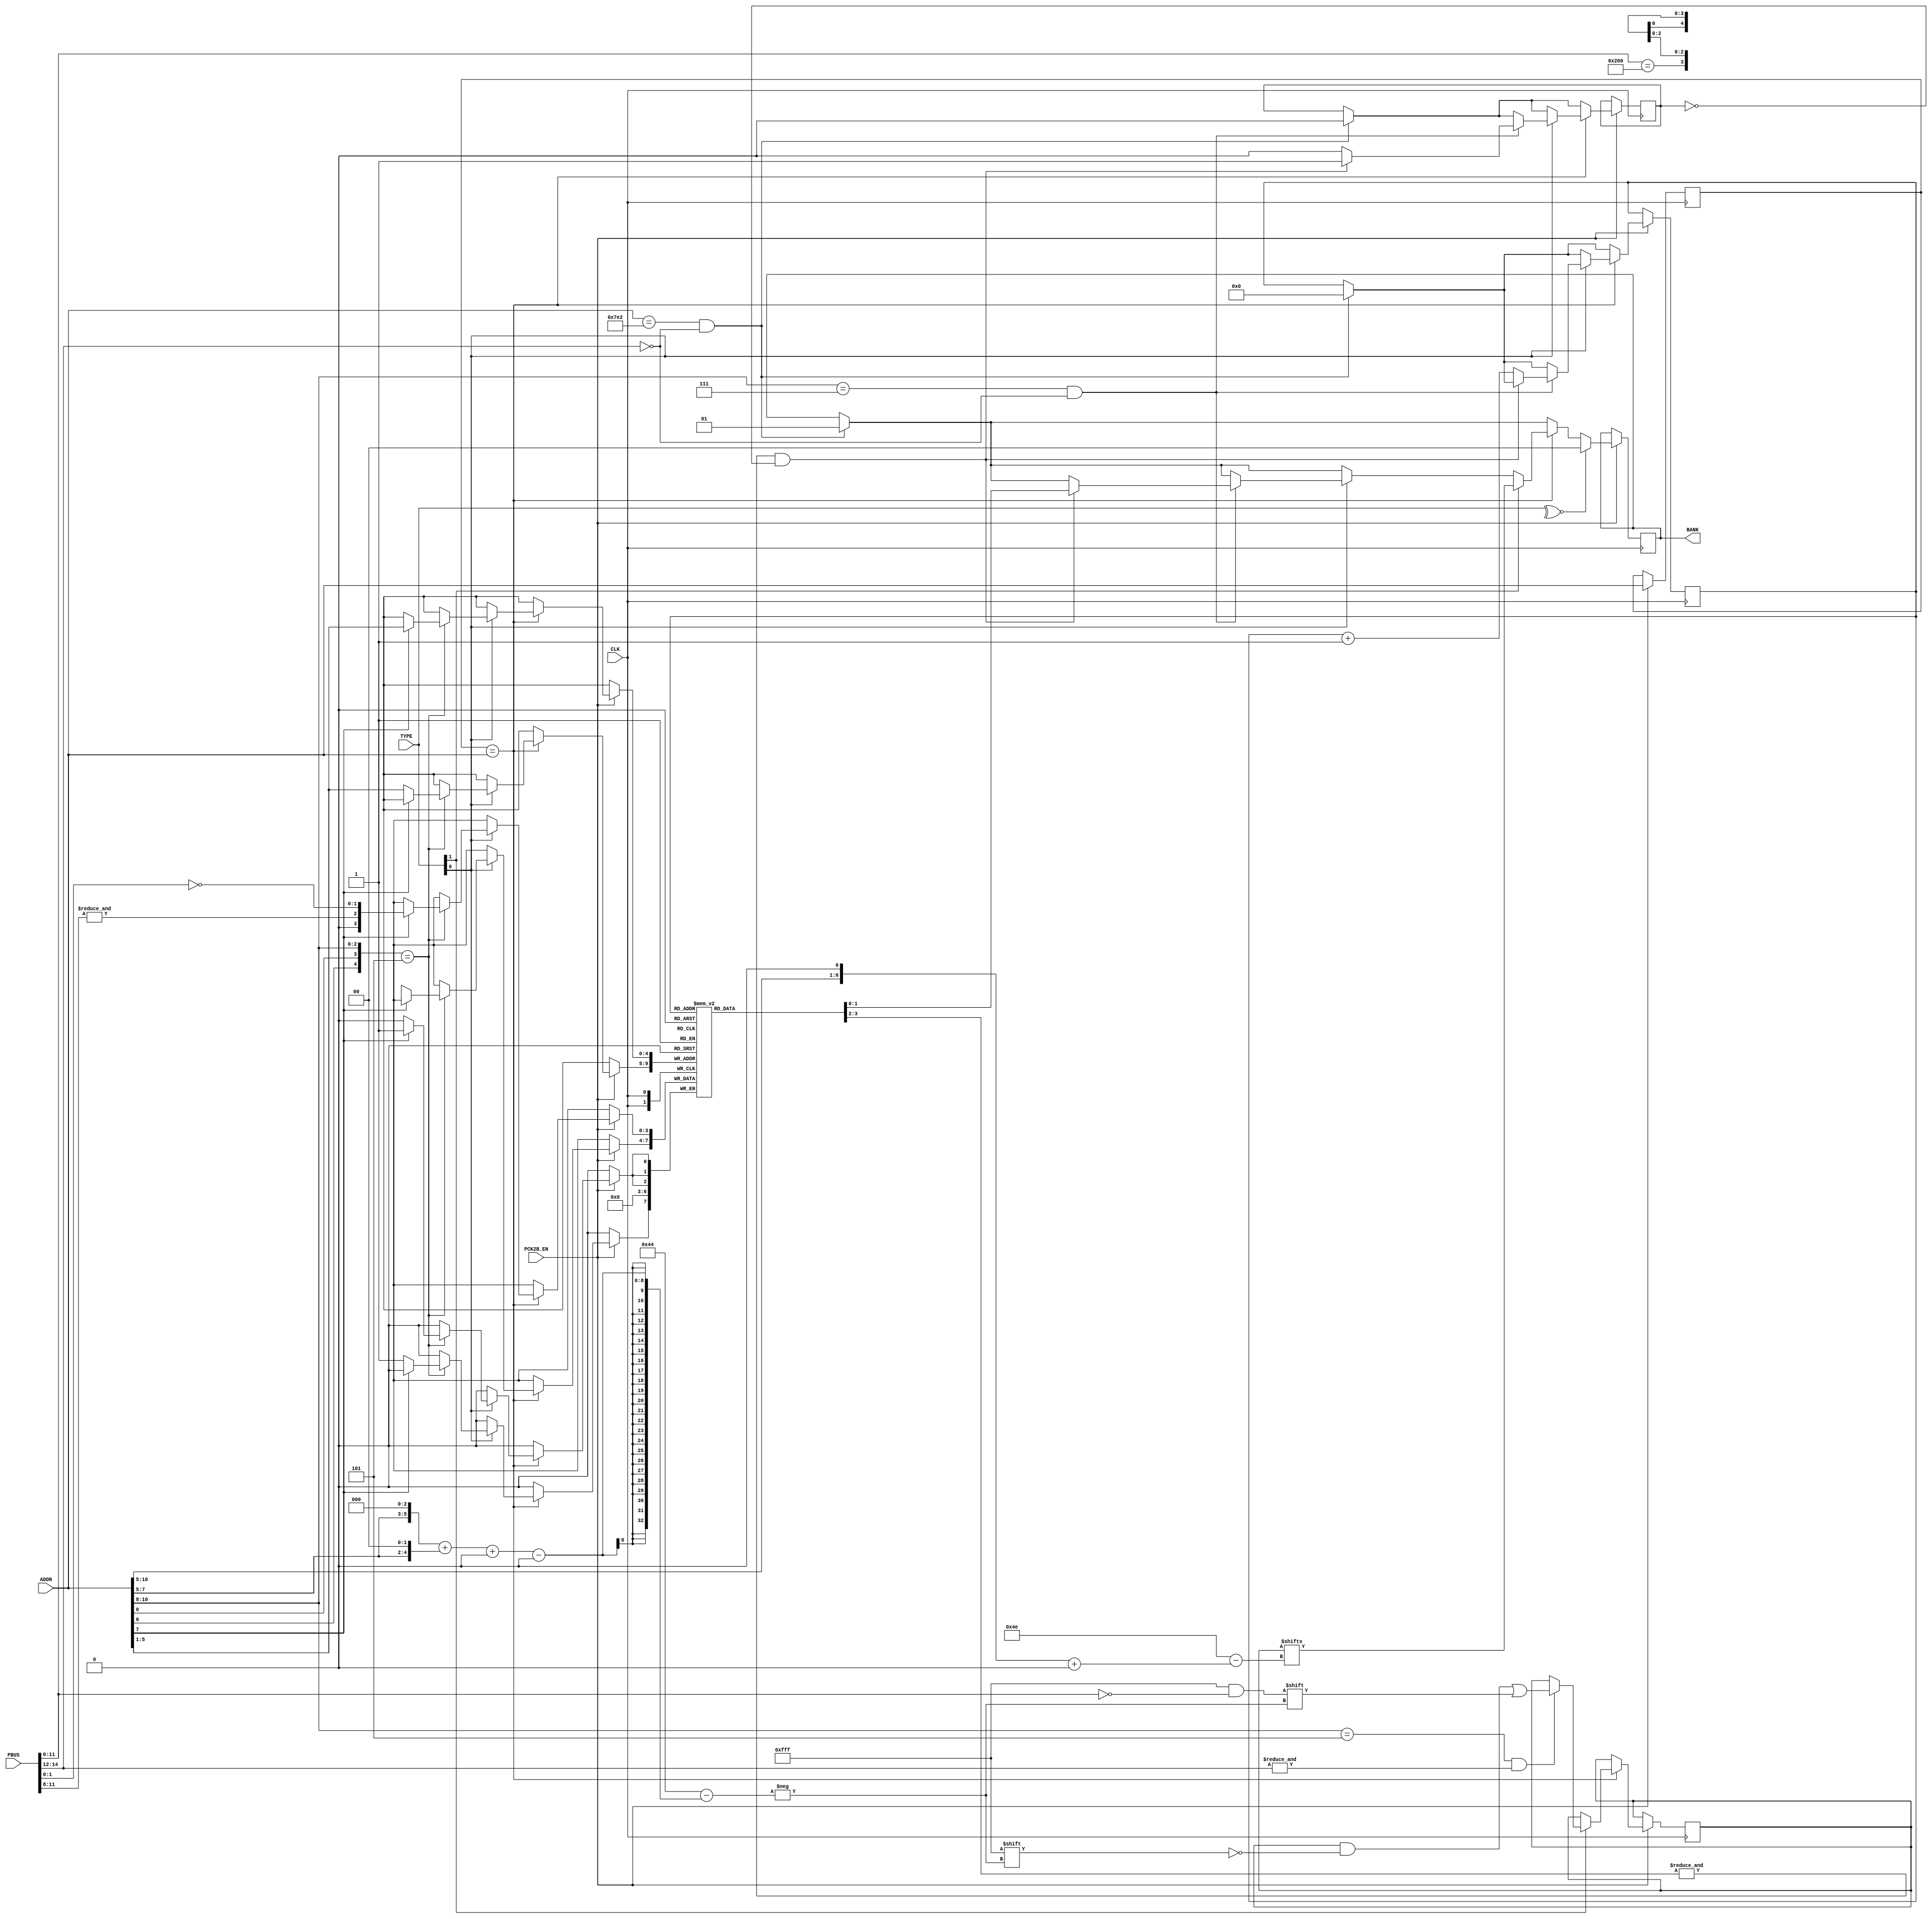
// This program was cloned from: https://github.com/MiSTeX-devel/MiSTeX-ports
// License: BSD 3-Clause "New" or "Revised" License

//============================================================================
//  NEO-CMC (bankswitching only)
//
//  Copyright (C) 2019 Alexey Melnikov
//
//  This program is free software; you can redistribute it and/or modify it
//  under the terms of the GNU General Public License as published by the Free
//  Software Foundation; either version 2 of the License, or (at your option)
//  any later version.
//
//  This program is distributed in the hope that it will be useful, but WITHOUT
//  ANY WARRANTY; without even the implied warranty of MERCHANTABILITY or
//  FITNESS FOR A PARTICULAR PURPOSE.  See the GNU General Public License for
//  more details.
//
//  You should have received a copy of the GNU General Public License along
//  with this program; if not, write to the Free Software Foundation, Inc.,
//  51 Franklin Street, Fifth Floor, Boston, MA 02110-1301 USA.
//============================================================================

module neo_cmc
(
	input             CLK,
	input             PCK2B_EN,
	input      [14:0] PBUS,
	input      [10:0] ADDR,
	input       [1:0] TYPE,
	output reg  [1:0] BANK
);

always @(posedge CLK) begin : pck2b_block
	reg [10:0] old_addr;
	reg        skip;
	reg [0:79] banks;
	reg  [3:0] map[31:0];
	reg  [4:0] line;

	if (PCK2B_EN) begin

		if(ADDR == 'h7E2 && !PBUS[14:12]) begin
			skip <= 0;
			line <= 0;
			BANK <= 1; // for parental advisory (mslug4)
		end

		old_addr <= ADDR;
		if(old_addr == ADDR) begin
			if(TYPE[0]) begin
				if(ADDR[10:8] == 7 && !PBUS[14:12]) begin
					if(&map[line][3:2] && ~skip) begin
						BANK <= map[line][1:0];
						skip <= 1;
					end
					else begin
						line <= line + 1'd1;
						skip <= 0;
					end
				end

				// even words
				if ({ADDR[6],ADDR[0],ADDR[10:8]} == 5) begin
					if(ADDR[7]) map[ADDR[5:1]][2:0] <= {&PBUS[11:8], ~PBUS[1:0]}; // 7580~75BE
					       else map[ADDR[5:1]][3]   <= (PBUS[11:0] == 'h200);     // 7500~753E
				end
			end

			if(TYPE[1]) begin
				// 7500 - 75DF
				if(ADDR[10:8] == 5 && &PBUS[14:12]) banks[{1'b0,ADDR[7:5],3'b000}+{2'b00,ADDR[7:5],2'b00} +:12] <= ~PBUS[11:0];
				BANK <= banks[{ADDR[10:5],1'b0} +:2];
			end
		end

		if(~^TYPE) BANK <= 0;
	end
end

endmodule